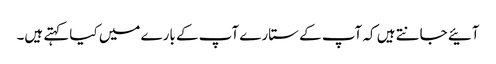
آئیے جانتے ہیں کہ آپ کے ستارے آپ کے بارے میں کیا کہتے ہیں۔